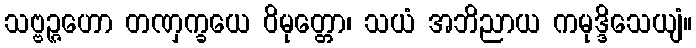
သဗ္ဗဉ္ဇဟော တဏှက္ခယေ ဝိမုတ္တော၊ သယံ အဘိညာယ ကမုဒ္ဒိသေယျံ။